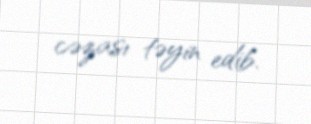
cəzası təyin edib.